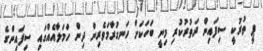
ޕީ ތުރުކީ ސިފައިން ދަތުރުކުރި މިނީ ބަހަކަށް ހަނގުރާމަވެރިން ދިން ހަމަލާއެއްގައި ސިފައިންގެ